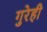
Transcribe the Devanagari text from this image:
गुरेही